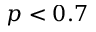
p < 0 . 7